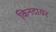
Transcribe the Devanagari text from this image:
किनटायर